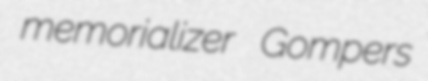
memorializer Gompers